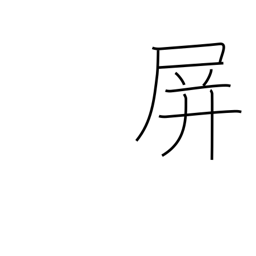
Meaning: fence